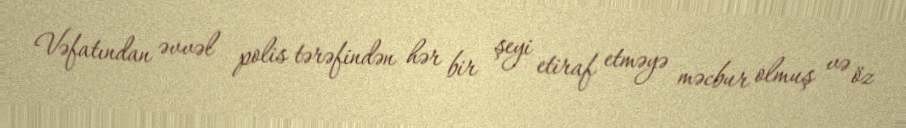
Vəfatından əvvəl polis tərəfindən hər bir şeyi etiraf etməyə məcbur olmuş və öz